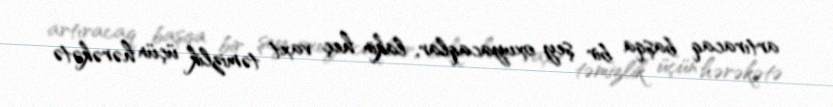
artıracaq başqa bir şey oxuyacaqlar, lakin heç vaxt təmizlik üçün hərəkətə